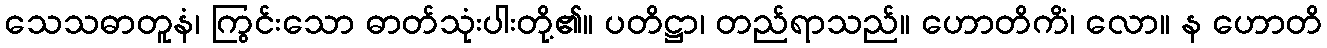
သေသဓာတူနံ၊ ကြွင်းသော ဓာတ်သုံးပါးတို့၏။ ပတိဋ္ဌာ၊ တည်ရာသည်။ ဟောတိကိံ၊ လော။ န ဟောတိ